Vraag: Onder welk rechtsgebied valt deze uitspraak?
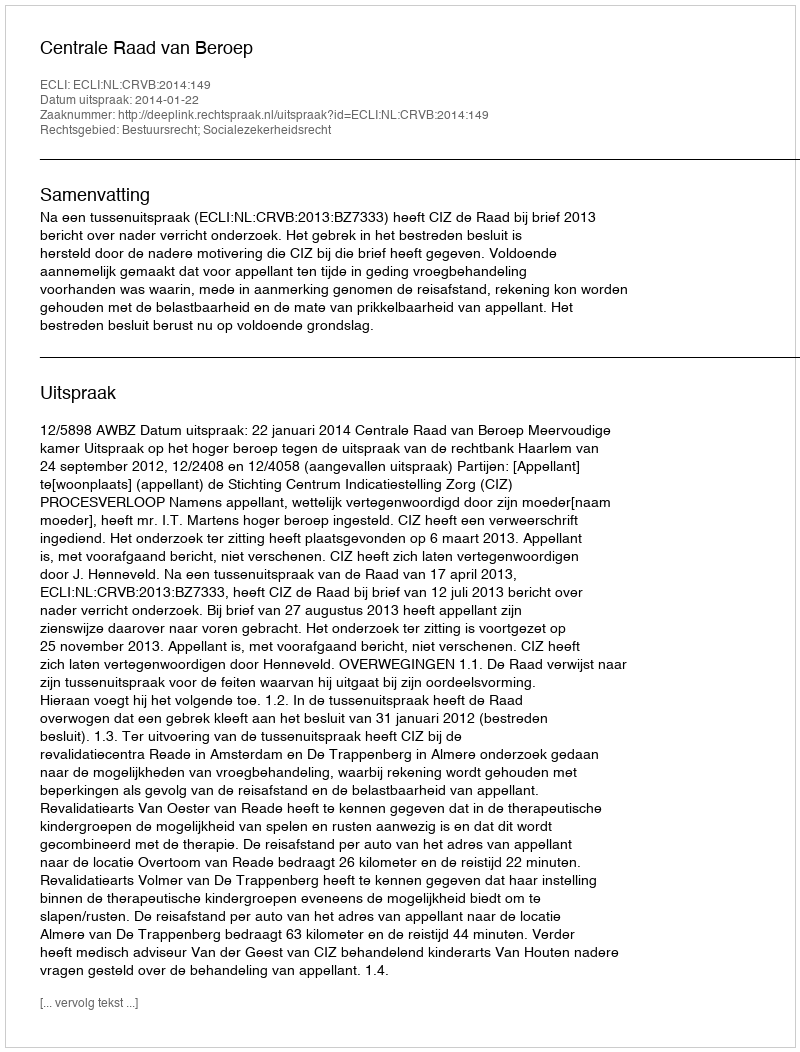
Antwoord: Bestuursrecht; Socialezekerheidsrecht